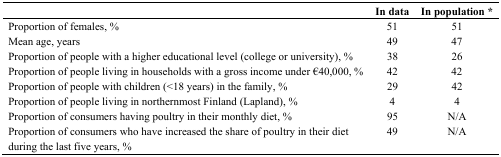
<table><thead><tr><td></td><td><b>In data</b></td><td><b>In population *</b></td></tr></thead><tbody><tr><td>Proportion of females, %</td><td>51</td><td>51</td></tr><tr><td>Mean age, years</td><td>49</td><td>47</td></tr><tr><td>Proportion of people with a higher educational level (college or university), %</td><td>38</td><td>26</td></tr><tr><td>Proportion of people living in households with a gross income under €40,000, %</td><td>42</td><td>42</td></tr><tr><td>Proportion of people with children (&lt;18 years) in the family, %</td><td>29</td><td>42</td></tr><tr><td>Proportion of people living in northernmost Finland (Lapland), %</td><td>4</td><td>4</td></tr><tr><td>Proportion of consumers having poultry in their monthly diet, %</td><td>95</td><td>N/A</td></tr><tr><td>Proportion of consumers who have increased the share of poultry in their diet during the last five years, %</td><td>49</td><td>N/A</td></tr></tbody></table>